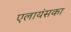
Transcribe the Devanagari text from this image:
एलायंसका